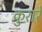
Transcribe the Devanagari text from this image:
कुरारे